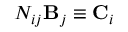
N _ { i j } { \bf B } _ { j } \equiv { \bf C } _ { i }